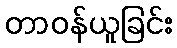
တာဝန်ယူခြင်း